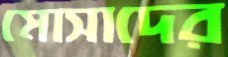
মোসাদের